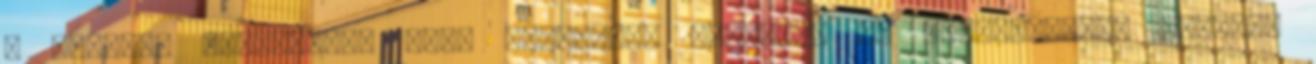
A Silk’n™ használata Mire számíthat Funkciók és teljesítmény Tényleg